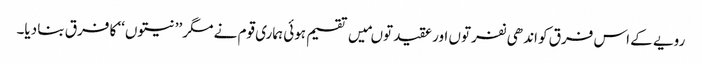
رویے کے اس فرق کو اندھی نفرتوں اور عقیدتوںمیں تقسیم ہوئی ہماری قوم نے مگر ’’نیتوں‘‘ کا فرق بنا دیا۔